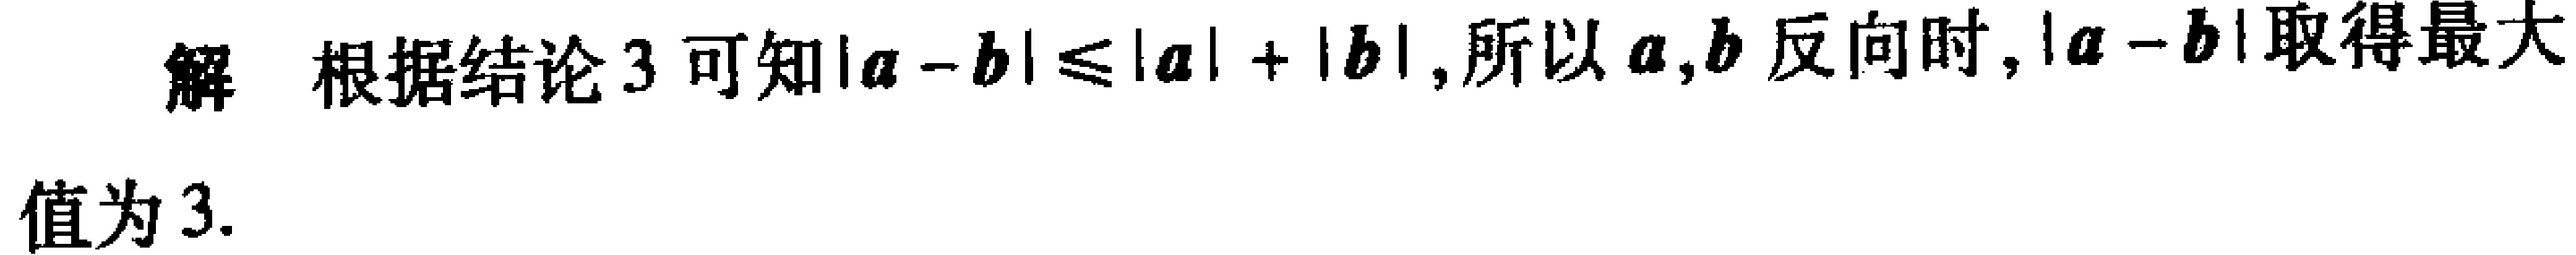
解 根据结论 3 可知\(\vert\boldsymbol{a}-\boldsymbol{b}\vert\leqslant\vert\boldsymbol{a}\vert+\vert\boldsymbol{b}\vert\),所以\(\boldsymbol{a},\boldsymbol{b}\)反向时,\(\vert\boldsymbol{a}-\boldsymbol{b}\vert\)取得最大值为 3.